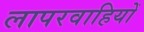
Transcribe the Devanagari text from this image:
लापरवाहियों